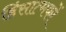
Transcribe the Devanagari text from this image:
हिंसात्मकों